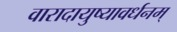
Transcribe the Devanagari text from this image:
वारादायुष्यावर्धनम्